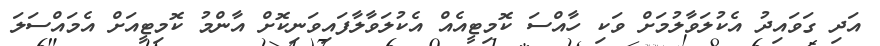
އަދި ގަވައިދު އެކުލަވާލުމަށް ވަކި ހާއްސަ ކޮމިޓީއެއް އެކުލަވާލާފައިވަނިކޮށް އާންމު ކޮމިޓީއަށް އެމައްސަލަ